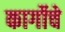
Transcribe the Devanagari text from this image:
कार्गोचे